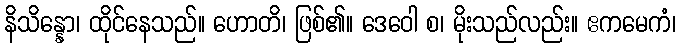
နိသိန္နော၊ ထိုင်နေသည်။ ဟောတိ၊ ဖြစ်၏။ ဒေဝေါ စ၊ မိုးသည်လည်း။ ဧကမေကံ၊